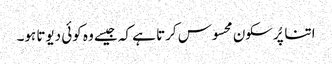
اتنا پُرسکون محسوس کرتا ہے کہ جیسے وہ کوئی دیوتا ہو۔